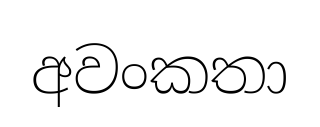
අවංකතා